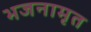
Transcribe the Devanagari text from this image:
भजनामृत